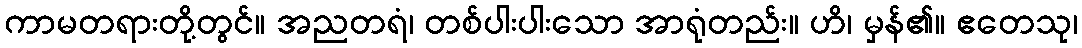
ကာမတရားတို့တွင်။ အညတရံ၊ တစ်ပါးပါးသော အာရုံတည်း။ ဟိ၊ မှန်၏။ ဧတေသု၊